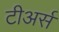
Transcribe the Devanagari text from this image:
टीअर्स